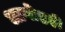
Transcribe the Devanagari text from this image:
आप्तेष्टही